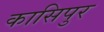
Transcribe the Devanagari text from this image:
कासिपुर